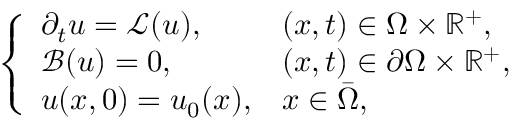
\left\{ \begin{array} { l l } { \partial _ { t } { u } = \mathcal { L } ( u ) , } & { ( x , t ) \in \Omega \times \mathbb { R } ^ { + } , } \\ { \mathcal { B } ( u ) = 0 , } & { ( x , t ) \in \partial \Omega \times \mathbb { R } ^ { + } , } \\ { u ( x , 0 ) = u _ { 0 } ( x ) , } & { x \in \bar { \Omega } , } \end{array} \right.